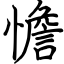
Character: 憺